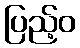
ပြည့်ဝ